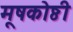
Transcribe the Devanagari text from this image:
मूषकोष्ठी